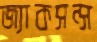
জ্যাকসন্স